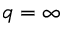
q = \infty